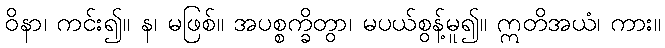
ဝိနာ၊ ကင်း၍။ န၊ မဖြစ်။ အပစ္စက္ခိတွာ၊ မပယ်စွန့်မူ၍။ ဣတိအယံ၊ ကား။